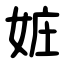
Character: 㛇